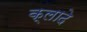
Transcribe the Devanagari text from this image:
क्लादे